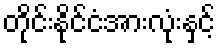
တိုင်းနိုင်ငံအားလုံးနှင့်